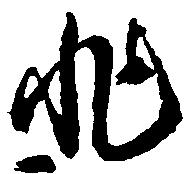
非